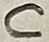
Text: C